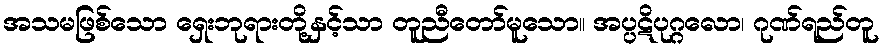
အသမဖြစ်သော ရှေးဘုရားတို့နှင့်သာ တူညီတော်မူသော။ အပ္ပဋိပုဂ္ဂလော၊ ဂုဏ်ရည်တူ